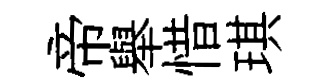
帝舉惜琪